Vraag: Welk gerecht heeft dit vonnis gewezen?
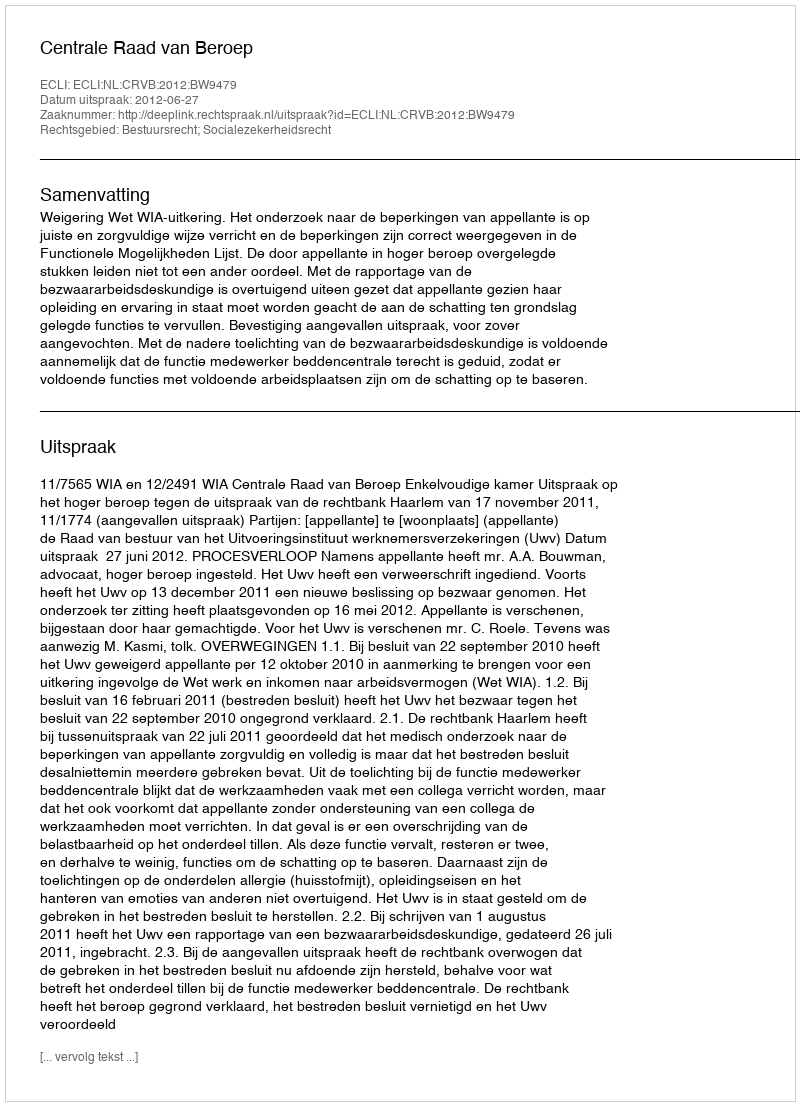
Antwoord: Centrale Raad van Beroep